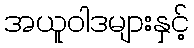
အယူဝါဒများနှင့်